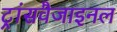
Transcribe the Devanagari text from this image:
ट्रांसवैजाइनल